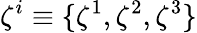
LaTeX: \zeta^{i}\equiv\{ \zeta^{1},\zeta^{2},\zeta^{3}\}